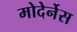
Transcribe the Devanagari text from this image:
मोदेर्नेस